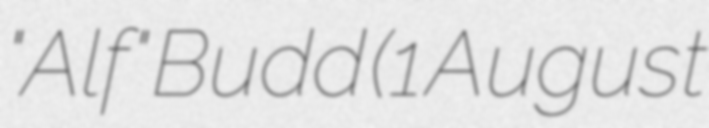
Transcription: "Alf" Budd (1 August